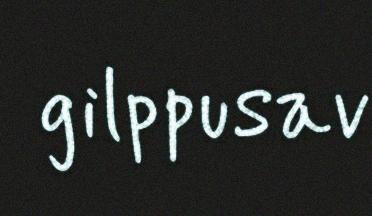
gilppusav